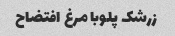
زرشک پلوبا مرغ افتضاح